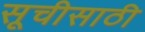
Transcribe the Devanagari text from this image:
सूचीसाठी